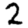
Digit: 2